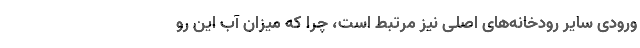
ورودی سایر رودخانه‌های اصلی نیز مرتبط است، چرا که میزان آب این رو